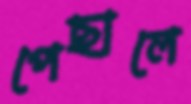
পেছালে